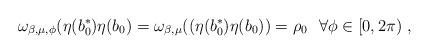
LaTeX: \begin{align*}\omega_{\beta,\mu,\phi} (\eta(b_{{0}}^{*})\eta(b_{{0}}) = \omega_{\beta,\mu}((\eta(b_{{0}}^{*})\eta(b_{{0}}))= \rho_{{0}} \ \ \forall \phi \in [0,2\pi) \ ,\end{align*}